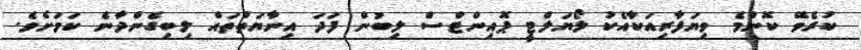
ކުރެވޭ ކޮންމެ ވިޔަފާރިއަކާއެކު ލޯޔަލްޓީ ޕޮއިންޓްސް ލިބުން ފަދަ އިނާޔަތްތައް ލިބިގެންދާނެ ކަމަށެވެ.